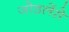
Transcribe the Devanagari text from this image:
जोडलेंसे